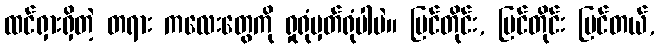
ထင်ရှားရှိတဲ့ တရား ကလေးတွေကို ရှုရုံမှတ်ရုံပါပဲ။ မြင်တိုင်း, မြင်တိုင်း မြင်တယ်,